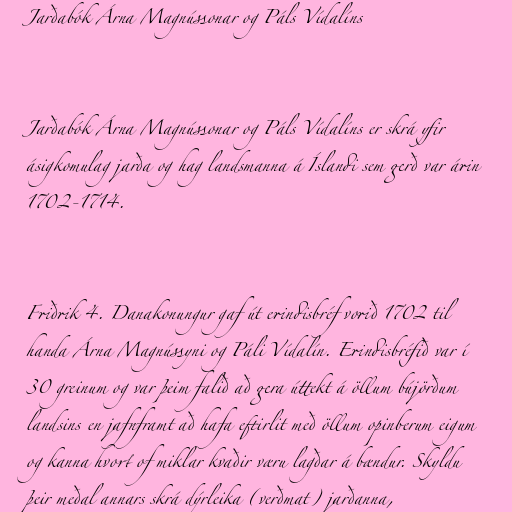
Jarðabók Árna Magnússonar og Páls Vídalíns

Jarðabók Árna Magnússonar og Páls Vídalíns er skrá yfir
ásigkomulag jarða og hag landsmanna á Íslandi sem gerð var árin
1702-1714.

Friðrik 4. Danakonungur gaf út erindisbréf vorið 1702 til
handa Árna Magnússyni og Páli Vídalín. Erindisbréfið var í
30 greinum og var þeim falið að gera úttekt á öllum bújörðum
landsins en jafnframt að hafa eftirlit með öllum opinberum eigum
og kanna hvort of miklar kvaðir væru lagðar á bændur. Skyldu
þeir meðal annars skrá dýrleika (verðmat) jarðanna,